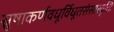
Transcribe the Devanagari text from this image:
स्नुषाकर्णवधूर्विधूतसंसारवृत्तिः